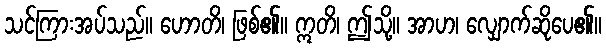
သင်ကြားအပ်သည်။ ဟောတိ၊ ဖြစ်၏။ ဣတိ၊ ဤသို့။ အာဟ၊ လျှောက်ဆိုပေ၏။